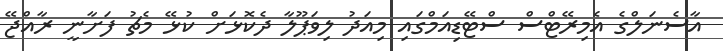
އާސެނަލްގެ އެމިރޭޓްސް ސްޓޭޑިއަމްގައި މިއަދު ލިވަޕޫލާ ދެކޮޅަށް ކުޅޭ މެޗު ފަށާނީ ރާއްޖޭ